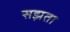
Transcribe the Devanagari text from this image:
सझता